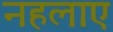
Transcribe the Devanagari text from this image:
नहलाए